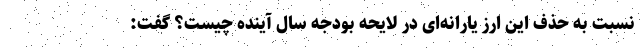
نسبت به حذف این ارز یارانه‌ای در لایحه بودجه سال آینده چیست؟ گفت: